Sanitation, dispensaries and jails vaccination Rajputana 1922-1927 - 1922-1927
Year: 1922
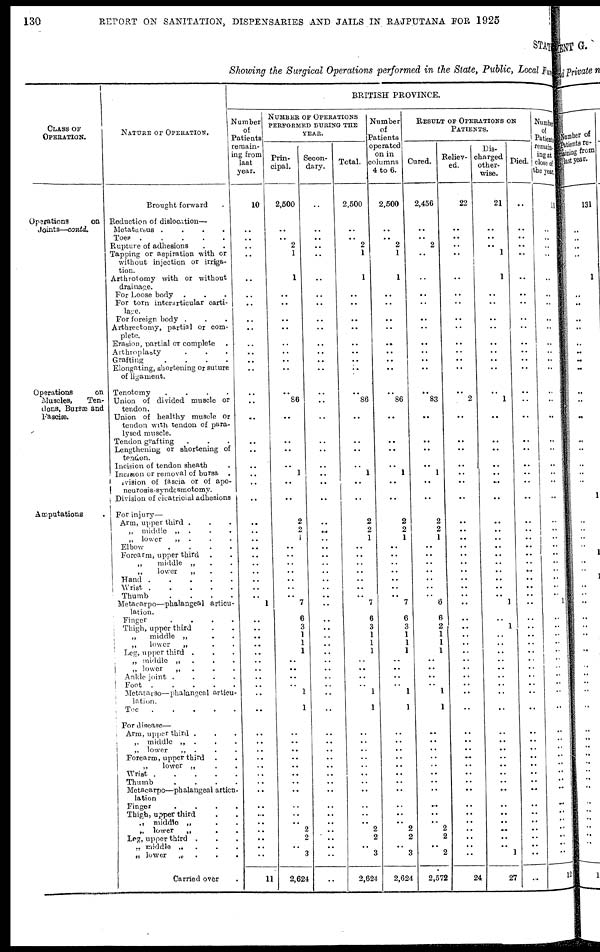
130
REPORT ON SANITATION, DISPENSARIES AND JAILS IN RAJPUTANA FOR 1925
STATE
Showing the Surgical Operations performed in the State, Public, Local Fund
CLASS OF
OPERATION.
Operations
on
Joints—contd.
Operations
on
Muscles,
Ten-
dons, Bursæ and
Fasciæ.
Amputations
.
NATURE OF OPERATION.
Brought forward
Reduction of dislocation—
Metatarsus
....
Toes
.....
Rupture of adhesions ..
Tapping or aspiration with or
without injection or irriga-
tion.
Arthrotomy with or without
drainage.
For Loose body ...
For torn interarticular carti-
lage.
For foreign body ...
Arthrectomy, partial or com-
plete.
Erasion, partial or complete .
Arthroplasty ...
Grafting
....
Elongating, shortening or suture
of ligament.
Tenotomy
....
Union of divided muscle or
tendon.
Union of healthy muscle or
tendon with tendon of para-
lysed muscle.
Tendon grafting ...
Lengthening or shortening of
tendon.
Incision of tendon sheath .
Incision or removal of bursa .
Division of fascia or of apo¬
neurosis-syndesmotomy.
Division of cicatricial adhesions
For injury—
Arm, upper third ...
„ middle „ ...
„ lower „ ...
Elbow
....
Forearm, upper third ..
„
middle „ ..
„
lower
„ ..
Hand
.....
Wrist
.....
Thumb
....
Metacarpo—phalangeal articu-
lation.
Finger
....
Thigh, upper third ..
„
middle „ ..
„
lower
„ ..
Leg, upper third ...
„ middle „
..
„
lower
„
...
Ankle joint
....
Foot
.....
Metatarso—phalangeal articu-
lation.
Toe
.....
For disease—
Arm, upper third ...
„
middle „ ...
„ lower „ ...
Forearm, upper third ..
„
lower „ ..
Wrist
.....
Thumb
....
Metacarpo—phalangeal articu-
lation
Finger
....
Thigh, upper third ..
„ middle „ ..
„ lower
„ ..
Leg, upper third ...
„ middle „
...
„ lower
„ ...
Carried over .
BRITISH PROVINCE.
Number
of
Patients
remain-
ing from
last
year.
10
..
..
..
..
..
..
..
..
..
..
..
..
..
..
..
..
..
..
..
..
..
..
..
..
..
..
..
..
..
..
..
..
1
..
..
..
..
..
..
..
..
..
..
..
..
..
..
..
..
..
..
..
..
..
..
..
..
..
..
11
NUMBER OF OPERATIONS
PERFORMED DURING THE
YEAR.
Prin-
cipal.
2,500
..
..
2
1
1
..
..
..
..
..
..
..
..
..
86
..
..
..
..
1
..
..
2
2
1
..
..
..
..
..
..
..
7
6
3
1
1
1
..
..
..
..
1
1
..
..
..
..
..
..
..
..
..
..
..
2
2
..
3
2,624
Secon-
dary.
..
..
..
..
..
..
..
..
..
..
..
..
..
..
..
..
..
..
..
..
..
..
..
..
..
..
..
..
..
..
..
..
..
..
..
..
..
..
..
..
..
..
..
..
..
..
..
..
..
..
..
..
..
..
..
..
..
..
..
..
..
Total.
2,500
..
..
2
1
1
..
..
..
..
..
..
..
..
..
86
..
..
..
..
1
..
..
2
2
1
..
..
..
..
..
..
..
7
6
3
1
1
1
..
..
..
..
1
1
..
..
..
..
..
..
..
..
..
..
..
2
2
..
3
2,624
Number
of
Patients
operated
on in
columns
4 to 6.
2,500
..
..
2
1
1
..
..
..
..
..
..
..
..
..
86
..
..
..
..
1
..
..
2
2
1
..
..
..
..
..
..
..
7
6
3
1
1
1
..
..
..
..
1
1
..
..
..
..
..
..
..
..
..
..
..
2
2
..
3
2,624
RESULT OF OPERATIONS ON
PATIENTS.
Cured.
2,456
..
..
2
..
..
..
..
..
..
..
..
..
..
..
83
..
..
..
..
1
..
..
2
2
1
..
..
..
..
..
..
..
6
6
2
1
1
1
..
..
..
..
1
1
..
..
..
..
..
..
..
..
..
..
..
2
2
..
2
2,572
Reliev-
ed.
22
..
..
..
..
..
..
..
..
..
..
..
..
..
..
2
..
..
..
..
..
..
..
..
..
..
..
..
..
..
..
..
..
..
..
..
..
..
..
..
..
..
..
..
..
..
..
..
..
..
..
..
..
..
..
..
..
..
..
..
24
Dis-
charged
other-
wise.
21
..
..
..
1
1
..
..
..
..
..
..
..
..
..
1
..
..
..
..
..
..
..
..
..
..
..
..
..
..
..
..
..
1
..
1
..
..
..
..
..
..
..
..
..
..
..
..
..
..
..
..
..
..
..
..
..
..
..
1
27
Died.
..
..
..
..
..
..
..
..
..
..
..
..
..
..
..
..
..
..
..
..
..
..
..
..
..
..
..
..
..
..
..
..
..
..
..
..
..
..
..
..
..
..
..
..
..
..
..
..
..
..
..
..
..
..
..
..
..
..
..
..
..
Number
of
Patients
remain¬
ing at
close of
the year.
11
..
..
..
..
..
..
..
..
..
..
..
..
..
..
..
..
..
..
..
..
..
..
..
..
..
..
..
.. ..
..
..
..
1
..
..
..
..
..
..
..
..
..
..
..
..
..
..
..
..
..
..
..
..
..
..
..
..
..
..
12